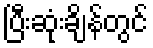
ပြီးဆုံးချိန်တွင်